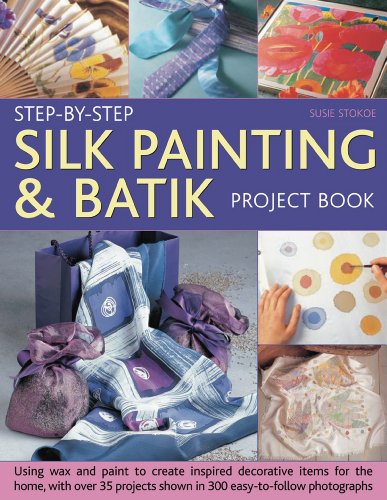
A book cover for Step-by-Step Silk Painting & Batik Project Book: Inspired and decorative projects to make for the home; Susie Stokoe; Crafts, Hobbies & Home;